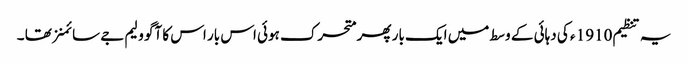
یہ تنظیم 1910 ء کی دہائی کے وسط میں ایک بار پھر متحرک ہوئی اس بار اس کا آگو ولیم جے سائمنز تھا ۔